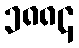
၁၈၈၄